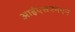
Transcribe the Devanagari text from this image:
आईएसएमएन